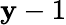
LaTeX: \mathbf{y}-1